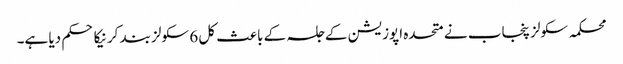
محکمہ سکولز پنجاب نے متحدہ اپوزیشن کے جلسہ کے باعث کل 6 سکولز بند کرنیکا حکم دیا ہے۔